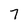
Character: 7